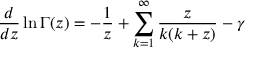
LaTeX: \frac { d } { d z } \ln \Gamma ( z ) = - \frac { 1 } { z } + \sum _ { k = 1 } ^ { \infty } \frac { z } { k ( k + z ) } - \gamma